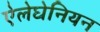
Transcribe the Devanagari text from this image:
ऐलेघेनियन